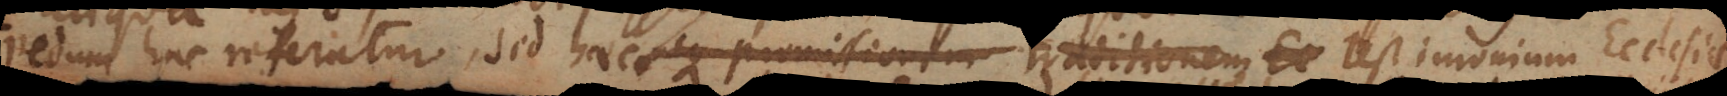
huc referatur, sed haec neque permissionem traditionem Ec testimonium Ecclesiae